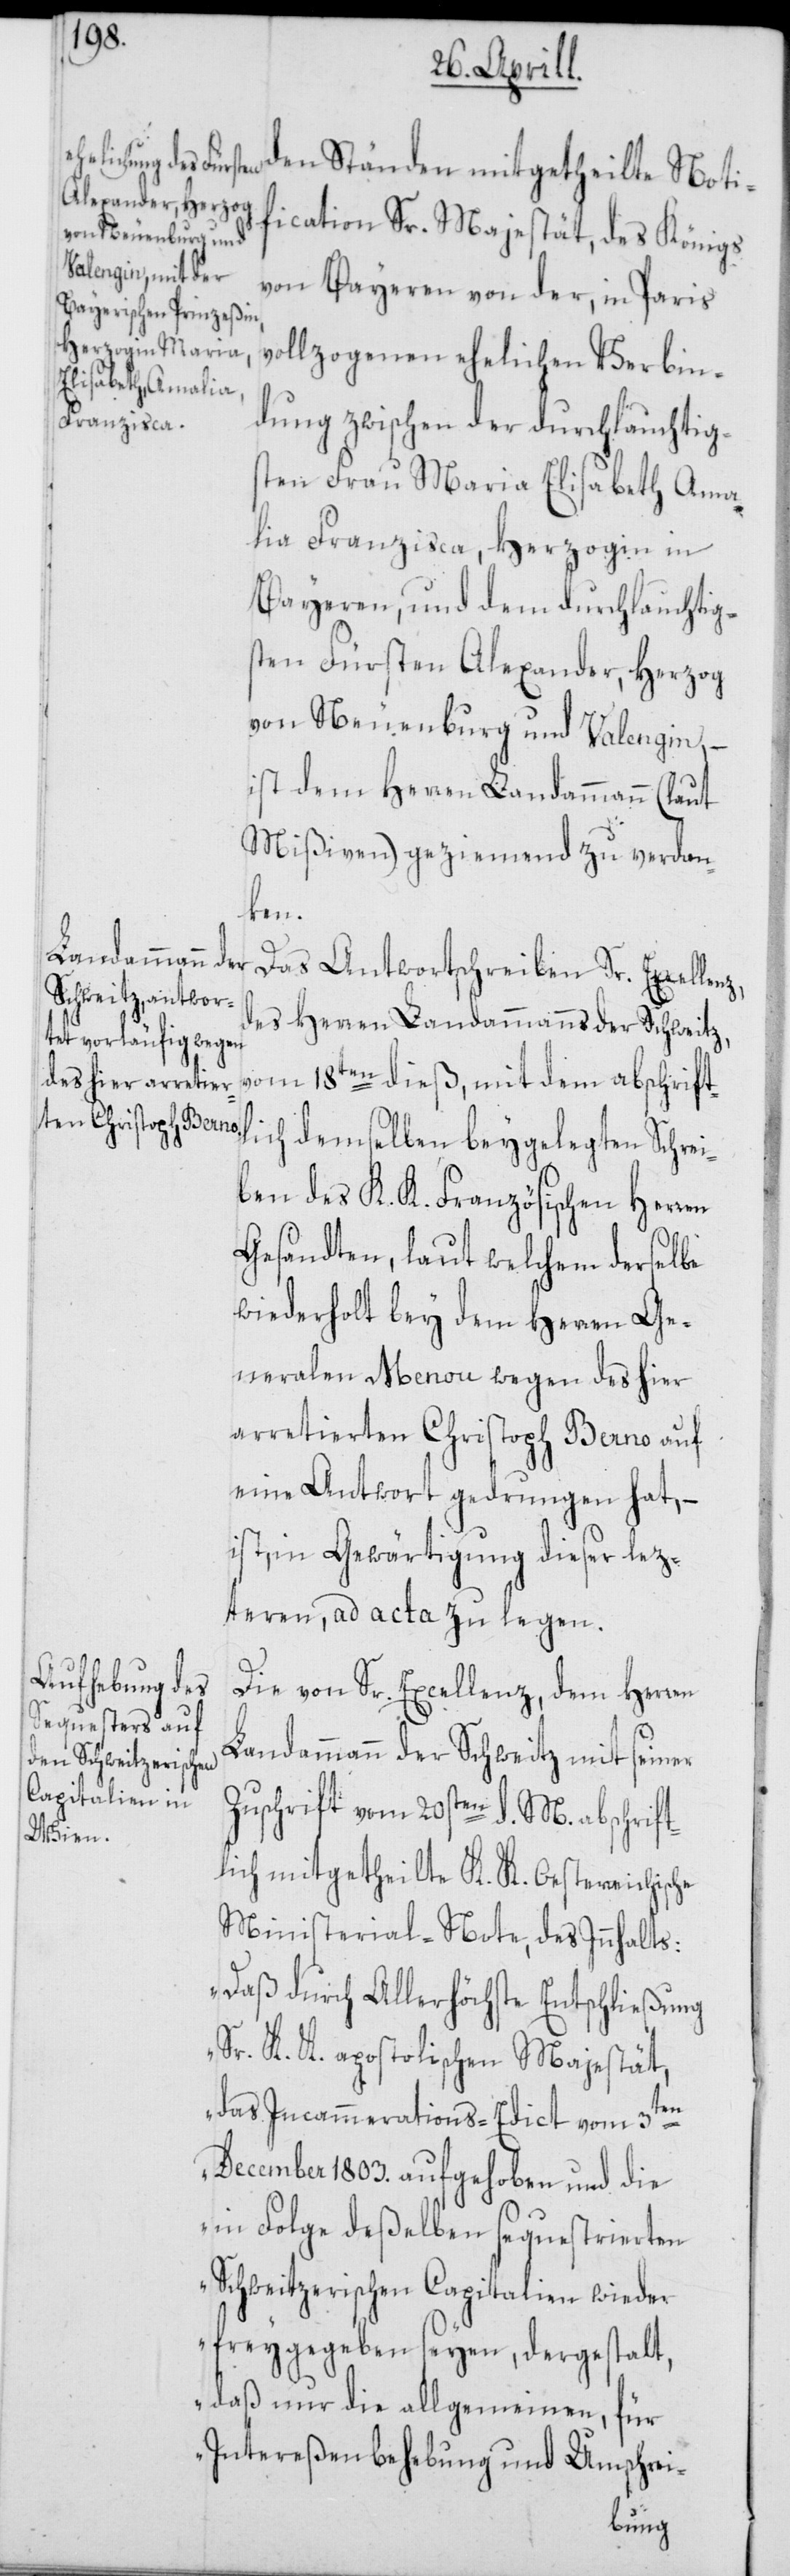
z,
gelegten Schrei¬
den Ständen mitgetheilte Noti¬
fication Sr. Majestät, des Königs
von Bayeren von der, in Paris
ollzogenen ehelichen Verbin¬
dung zwischen der duchlauchtigs¬
ten Frau Maria Elisabeth Ama¬
lia Franzisca, Herzogin in
Bayeren, und dem durchlauchtig¬
sten Fürsten Alexander, Herzog
von Neuenburg und Valengin, –
ist dem Herren Landammann (laut
Mißiven) geziemend zu verdan¬
bey¬
Das Antwortschreiben Sr. Excellen¬
des Herren Landammanns der Schweitz,
vom 18ten dieß, mit dem abschrift¬
ben des K. K. Französischen Herren
Gesandten, laut welchem derselbe
wiederholt bey dem Herren Ge¬
neralen Menou wegen des hier
arretierten Christoph Berno auf
eine Antwort gedrungen hat, –
ist, in Gewärtigung dieser lez¬
teren, ad acta zu legen.
Die von Sr. Excellenz, dem Herren
Landammann der Schweitz mit seiner
Zuschrift vom 20sten d. M. abschrift¬
lich mitgetheilte K. K. Oestereichische
Ministerial-Note, des Innhalts:
„Daß durch Allerhöchste Entschließung
Sr. K. K. apostolischen Majestät,
das Incammerations-Edict vom 3ten
December 1803. aufgehoben und die
in Folge deßelben sequestrierten
Schweitzerischen Capitalien wieder
freygegeben seyen, dergestalt,
daß nur die allgemeinen, für
Intereßenbehebung und Umschrei-